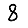
Digit: 8